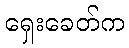
ရှေးခေတ်က